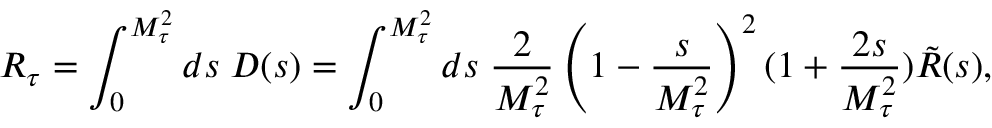
R _ { \tau } = \int _ { 0 } ^ { M _ { \tau } ^ { 2 } } d s \; D ( s ) = \int _ { 0 } ^ { M _ { \tau } ^ { 2 } } d s \; \frac { 2 } { M _ { \tau } ^ { 2 } } \left( 1 - \frac { s } { M _ { \tau } ^ { 2 } } \right) ^ { 2 } ( 1 + \frac { 2 s } { M _ { \tau } ^ { 2 } } ) \tilde { R } ( s ) ,